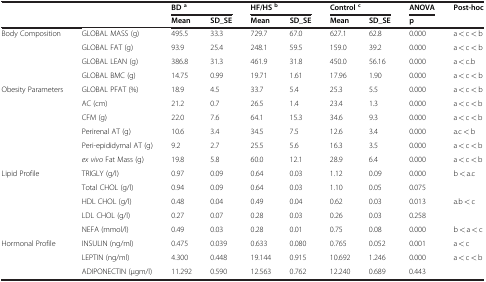
<table><thead><tr><td rowspan="2"><b> </b></td><td rowspan="2"><b> </b></td><td colspan="2"><b>BD<sup>a</sup></b></td><td colspan="2"><b>HF/HS<sup>b</sup></b></td><td colspan="2"><b>Control<sup>c</sup></b></td><td><b>ANOVA</b></td><td><b>Post-hoc</b></td></tr><tr><td><b>Mean</b></td><td><b>SD_SE</b></td><td><b>Mean</b></td><td><b>SD_SE</b></td><td><b>Mean</b></td><td><b>SD_SE</b></td><td><b>p</b></td><td><b> </b></td></tr></thead><tbody><tr><td rowspan="4">Body Composition</td><td>GLOBAL MASS (g)</td><td>495.5</td><td>33.3</td><td>729.7</td><td>67.0</td><td>627.1</td><td>62.8</td><td>0.000</td><td>a &lt; c &lt; b</td></tr><tr><td>GLOBAL FAT (g)</td><td>93.9</td><td>25.4</td><td>248.1</td><td>59.5</td><td>159.0</td><td>39.2</td><td>0.000</td><td>a &lt; c &lt; b</td></tr><tr><td>GLOBAL LEAN (g)</td><td>386.8</td><td>31.3</td><td>461.9</td><td>31.8</td><td>450.0</td><td>56.16</td><td>0.000</td><td>a &lt; c.b</td></tr><tr><td>GLOBAL BMC (g)</td><td>14.75</td><td>0.99</td><td>19.71</td><td>1.61</td><td>17.96</td><td>1.90</td><td>0.000</td><td>a &lt; c &lt; b</td></tr><tr><td rowspan="6">Obesity Parameters</td><td>GLOBAL PFAT (%)</td><td>18.9</td><td>4.5</td><td>33.7</td><td>5.4</td><td>25.3</td><td>5.5</td><td>0.000</td><td>a &lt; c &lt; b</td></tr><tr><td>AC (cm)</td><td>21.2</td><td>0.7</td><td>26.5</td><td>1.4</td><td>23.4</td><td>1.3</td><td>0.000</td><td>a &lt; c &lt; b</td></tr><tr><td>CFM (g)</td><td>22.0</td><td>7.6</td><td>64.1</td><td>15.3</td><td>34.6</td><td>9.3</td><td>0.000</td><td>a &lt; c &lt; b</td></tr><tr><td>Perirenal AT (g)</td><td>10.6</td><td>3.4</td><td>34.5</td><td>7.5</td><td>12.6</td><td>3.4</td><td>0.000</td><td>a.c &lt; b</td></tr><tr><td>Peri-epididymal AT (g)</td><td>9.2</td><td>2.7</td><td>25.5</td><td>5.6</td><td>16.3</td><td>3.5</td><td>0.000</td><td>a &lt; c &lt; b</td></tr><tr><td><i>ex vivo</i> Fat Mass (g)</td><td>19.8</td><td>5.8</td><td>60.0</td><td>12.1</td><td>28.9</td><td>6.4</td><td>0.000</td><td>a &lt; c &lt; b</td></tr><tr><td rowspan="5">Lipid Profile</td><td>TRIGLY (g/l)</td><td>0.97</td><td>0.09</td><td>0.64</td><td>0.03</td><td>1.12</td><td>0.09</td><td>0.000</td><td>b &lt; a.c</td></tr><tr><td>Total CHOL (g/l)</td><td>0.94</td><td>0.09</td><td>0.64</td><td>0.03</td><td>1.10</td><td>0.05</td><td>0.075</td><td> </td></tr><tr><td>HDL CHOL (g/l)</td><td>0.48</td><td>0.04</td><td>0.49</td><td>0.04</td><td>0.62</td><td>0.03</td><td>0.013</td><td>a.b &lt; c</td></tr><tr><td>LDL CHOL (g/l)</td><td>0.27</td><td>0.07</td><td>0.28</td><td>0.03</td><td>0.26</td><td>0.03</td><td>0.258</td><td> </td></tr><tr><td>NEFA (mmol/l)</td><td>0.49</td><td>0.03</td><td>0.28</td><td>0.01</td><td>0.75</td><td>0.08</td><td>0.000</td><td>b &lt; a &lt; c</td></tr><tr><td>Hormonal Profile</td><td>INSULIN (ng/ml)</td><td>0.475</td><td>0.039</td><td>0.633</td><td>0.080</td><td>0.765</td><td>0.052</td><td>0.001</td><td>a &lt; c</td></tr><tr><td> </td><td>LEPTIN (ng/ml)</td><td>4.300</td><td>0.448</td><td>19.144</td><td>0.915</td><td>10.692</td><td>1.246</td><td>0.000</td><td>a &lt; c &lt; b</td></tr><tr><td> </td><td>ADIPONECTIN (μgm/l)</td><td>11.292</td><td>0.590</td><td>12.563</td><td>0.762</td><td>12.240</td><td>0.689</td><td>0.443</td><td> </td></tr></tbody></table>